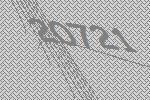
20721